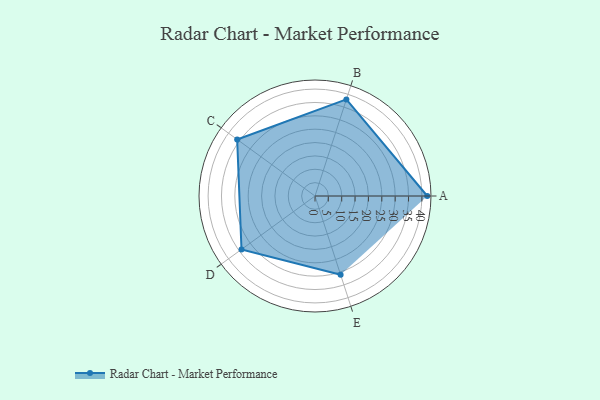
{"axis": {"x": "Skill", "y": "Score"}, "legend": ["Profile"], "data": [{"x": "A", "y": 42.0, "type": "Profile"}, {"x": "B", "y": 38.0, "type": "Profile"}, {"x": "C", "y": 36.0, "type": "Profile"}, {"x": "D", "y": 34.0, "type": "Profile"}, {"x": "E", "y": 31.0, "type": "Profile"}]}